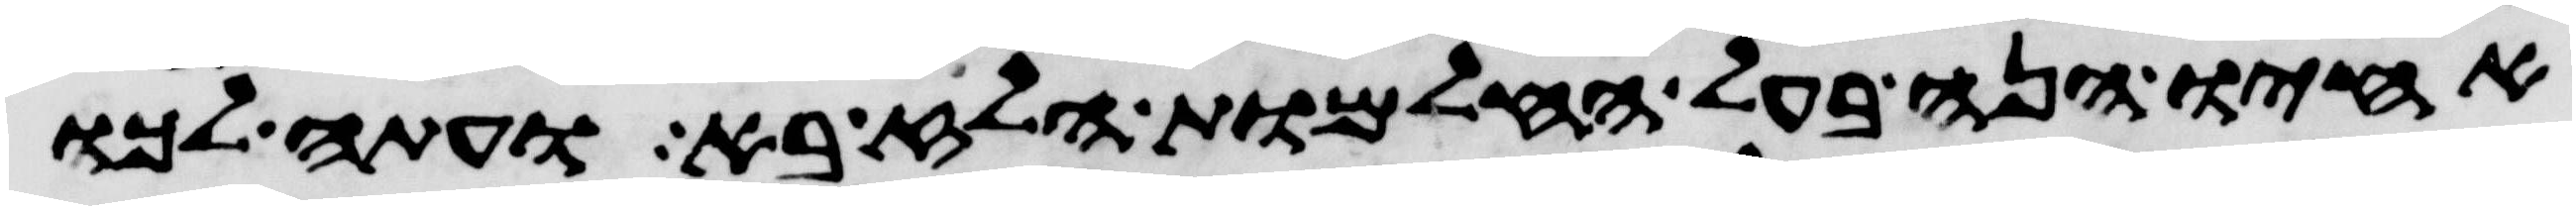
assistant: אחיו הנה בעל החלמות הלז בא ועתה לכו